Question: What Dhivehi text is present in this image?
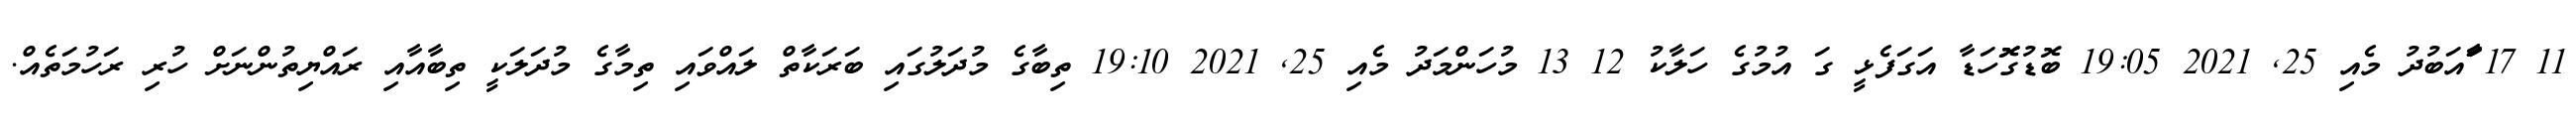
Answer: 11 17 ާަާައަބުދު މެއި 25, 2021 19:05 ބޮޑުގޮޮހަޑާ އަގަފެޅީ ގަ އުމުގެ ހަލާކު 12 13 މުހަންމަދު މެއި 25, 2021 19:10 ތިބާގެ މުދަލުގައި ބަރަކާތް ލައްވައި ތިމާގެ މުދަލަކީ ތިބާއާއި ރައްޔިތުންނަށް ހުރި ރަހުމަތެއް.